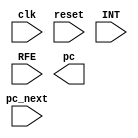
`timescale 1ns / 1ps
//////////////////////////////////////////////////////////////////////////////////
// Company: 
// Engineer: 
// 
// Design Name: 
// Module Name:    Decode_Int 
// Project Name: 
// Target Devices: 
// Tool versions: 
// Description: 
//
// Dependencies: 
//
// Revision: 
// Revision 0.01 - File Created
// Additional Comments: 
//
//////////////////////////////////////////////////////////////////////////////////
module Decode_pc_Int(input wire clk,reset,INT,RFE,
						input wire[31:0] pc_next,
						output reg [31:0] pc
						);
endmodule